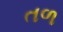
તળ